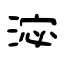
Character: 淧